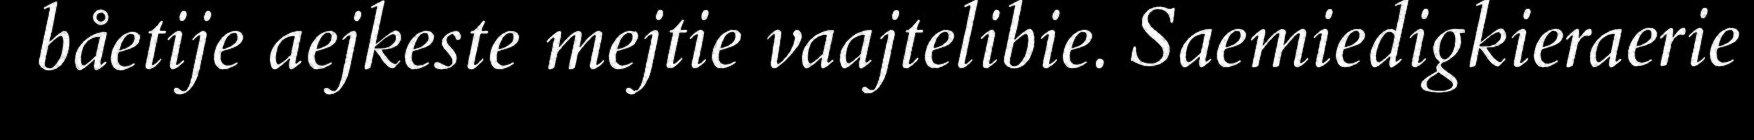
båetije aejkeste mejtie vaajtelibie. Saemiedigkieraerie